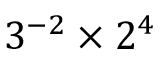
3 ^ { - 2 } \times 2 ^ { 4 }